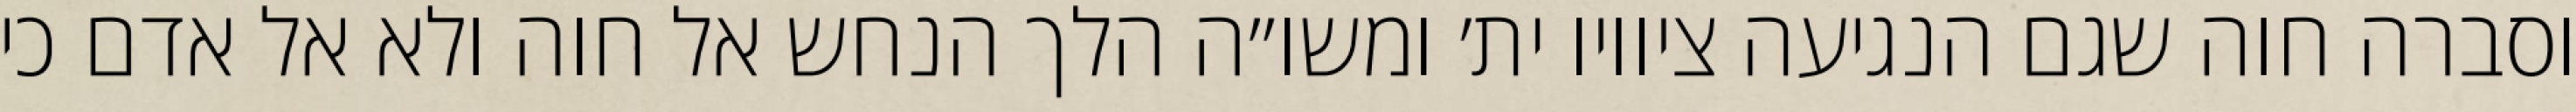
וסברה חוה שגם הנגיעה ציוויו ית׳ ומשו״ה הלך הנחש אל חוה ולא אל אדם כי